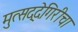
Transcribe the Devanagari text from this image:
मुत्सद्देगिरीचा